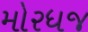
મોરધજ